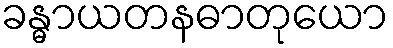
ခန္ဓာယတနဓာတုယော